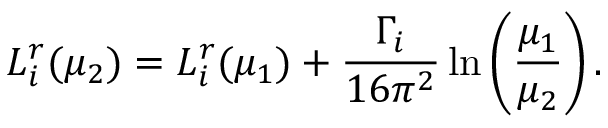
L _ { i } ^ { r } ( \mu _ { 2 } ) = L _ { i } ^ { r } ( \mu _ { 1 } ) + \frac { \Gamma _ { i } } { 1 6 \pi ^ { 2 } } \ln \left( \frac { \mu _ { 1 } } { \mu _ { 2 } } \right) .